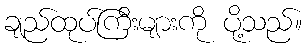
ချည်ထုပ်ကြီးများကို ပို့သည်။